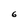
Character: 6